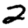
Digit: 2